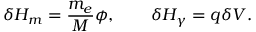
\delta H _ { m } = \frac { m _ { e } } { M } \phi , \quad \quad \delta H _ { \gamma } = q \delta V .